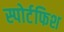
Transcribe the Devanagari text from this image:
स्पोर्टफिश